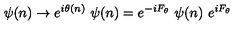
\psi ( n ) \to e ^ { i \theta ( n ) } \ \psi ( n ) = e ^ { - i F _ { \theta } } \ \psi ( n ) \ e ^ { i F _ { \theta } }